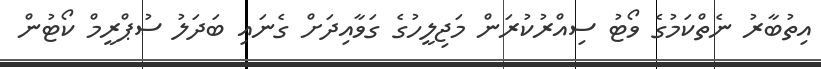
އިތުބާރު ނެތްކަމުގެ ވޯޓު ސިއްރުކުރަން މަޖިލީހުގެ ގަވާއިދަށް ގެނައި ބަދަލު ސުޕްރީމް ކޯޓުން